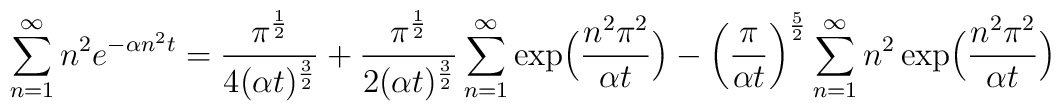
\sum_{n=1}^{\infty} n^2 e^{-\alpha n^2t} = {\pi^{1 \over 2} \over 4(\alpha t)^{3 \over 2} } + {\pi^{1 \over 2} \over 2(\alpha t)^{3 \over 2} }\sum_{n=1}^{\infty} \exp \Bigl({n^2\pi^2 \over \alpha t}\Bigr) - \left({\pi \over \alpha t}\right)^{5 \over 2} \sum_{n=1}^{\infty} n^2 \exp \Bigl({n^2\pi^2 \over \alpha t}\Bigr)